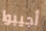
أجيبوا